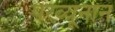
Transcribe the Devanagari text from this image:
परव्यूनान